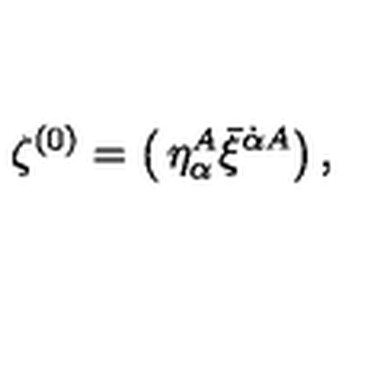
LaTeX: { \zeta ^ { ( 0 ) } = \left( \begin{matrix} { \eta _ { \alpha } ^ { A } } \\ { \bar { \xi } ^ { \dot { \alpha } A } } \\ \end{matrix} \right) , }